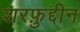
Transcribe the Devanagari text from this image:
शरफ़ुद्दीन